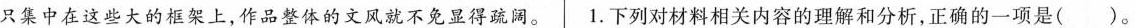
只集中在这些大的框架上。作品整体的文风就不免显得疏阔。1.下列对材料相关内容的理解和分析,正确的一项是( )。